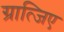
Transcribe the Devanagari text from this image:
ग्रात्जिए